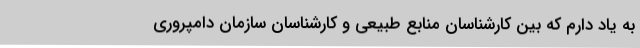
به یاد دارم که بین کارشناسان منابع طبیعی و کارشناسان سازمان دامپروری